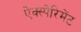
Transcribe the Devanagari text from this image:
ऐक्स्पेरिमेंट